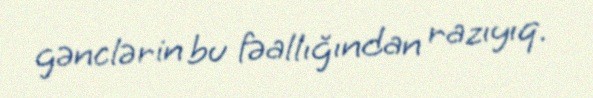
gənclərin bu fəallığından razıyıq.